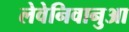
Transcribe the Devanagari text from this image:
लेवेनिवानुआ